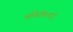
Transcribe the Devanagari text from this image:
वलिपिलाई